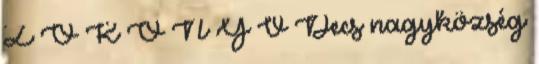
Z Ő K Ö N Y V Decs nagyközség